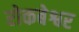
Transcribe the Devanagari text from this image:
रोकबेश्वर